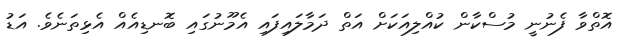
އޮތްވާ ފެނުނީ މުސްކާން ކުއްލިއަކަށް އަތް ދަމާލައިފައި އެމޫނުގައި ބޮނޑިއެއް އެޅިތަނެވެ. އަޑު